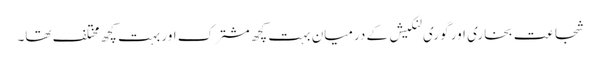
شجاعت بخاری اور گوری لنکیش کے درمیان بہت کچھ مشترک اور بہت کچھ مختلف تھا۔